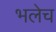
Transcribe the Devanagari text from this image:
भलेच